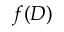
f ( D )